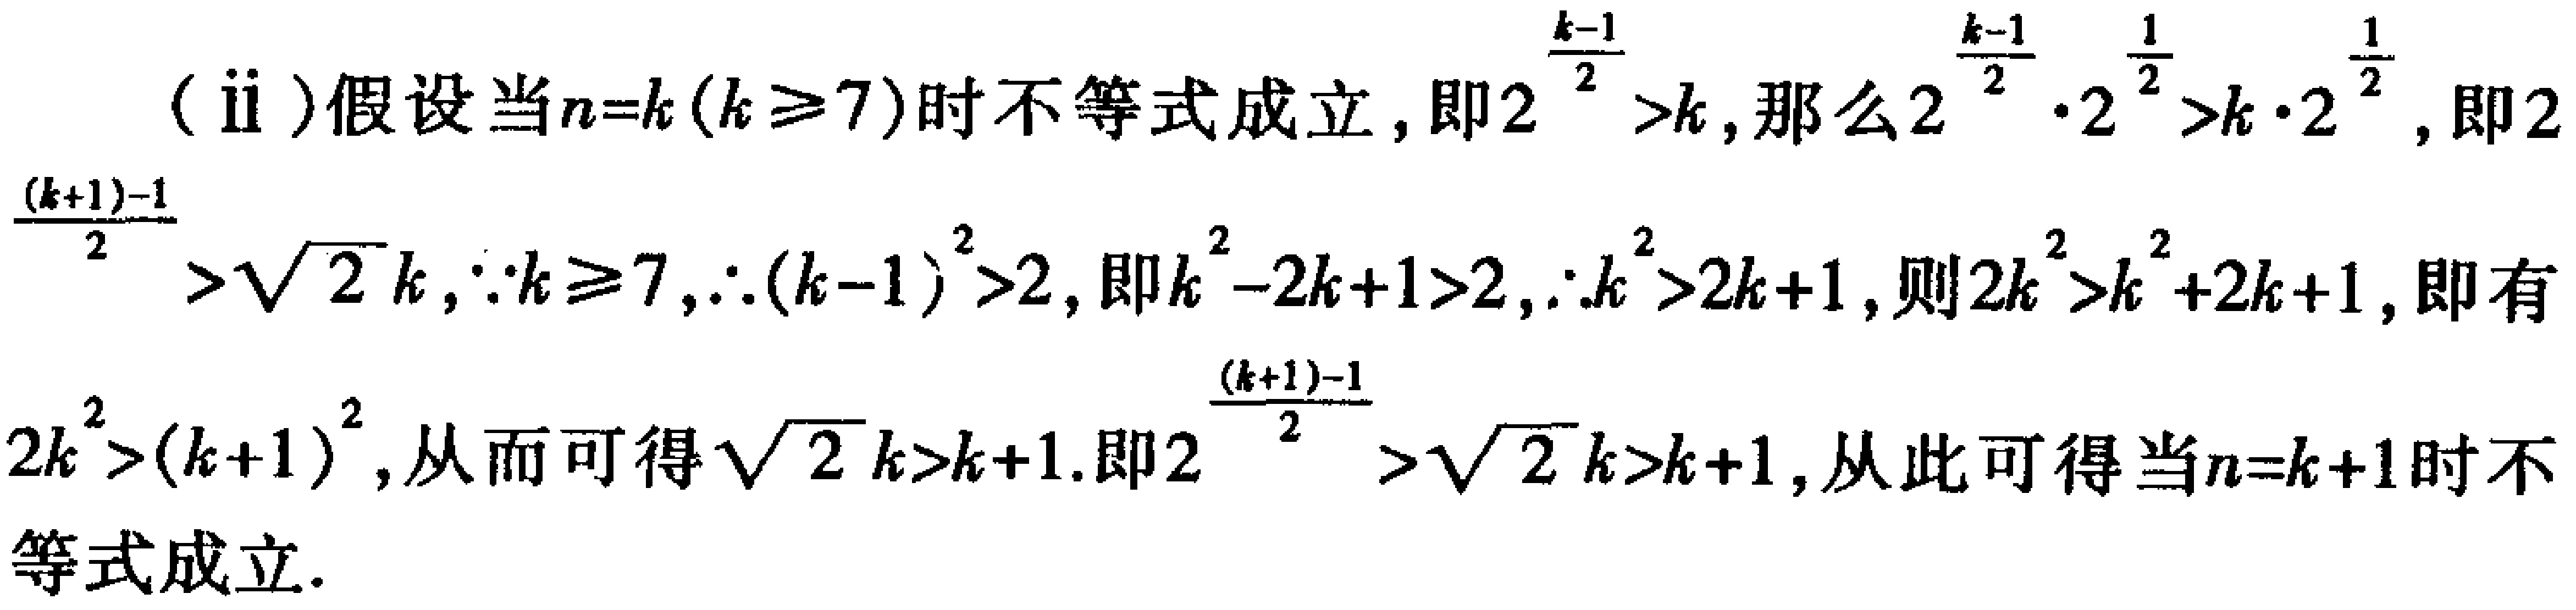
(ii) 假设当\(n = k(k\geq7)\)时不等式成立，即\(2^{\frac{k - 1}{2}}>k\)，那么\(2^{\frac{k - 1}{2}}\cdot2^{\frac{1}{2}}>k\cdot2^{\frac{1}{2}}\)，即\(2^{\frac{(k + 1)-1}{2}}>\sqrt{2}k\)，\(\because k\geq7\)，\(\therefore(k - 1)^2>2\)，即\(k^2-2k + 1>2\)，\(\because k^2>2k + 1\)，则\(2k^2>k^2+2k + 1\)，即有\(2k^2>(k + 1)^2\)，从而可得\(\sqrt{2}k>k + 1\)。即\(2^{\frac{(k + 1)-1}{2}}>\sqrt{2}k>k + 1\)，从此可得当\(n = k + 1\)时不等式成立。